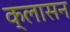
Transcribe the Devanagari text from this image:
क्लासन